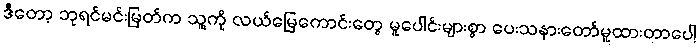
ဒီတော့ ဘုရင်မင်းမြတ်က သူ့ကို လယ်မြေကောင်းတွေ မူပေါင်းများစွာ ပေးသနားတော်မူထားတာပေါ့